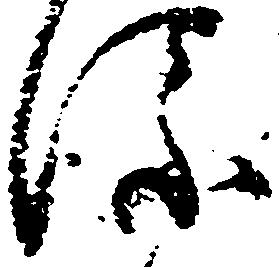
添